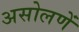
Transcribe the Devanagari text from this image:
असोलणें